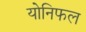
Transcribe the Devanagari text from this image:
योनिफल